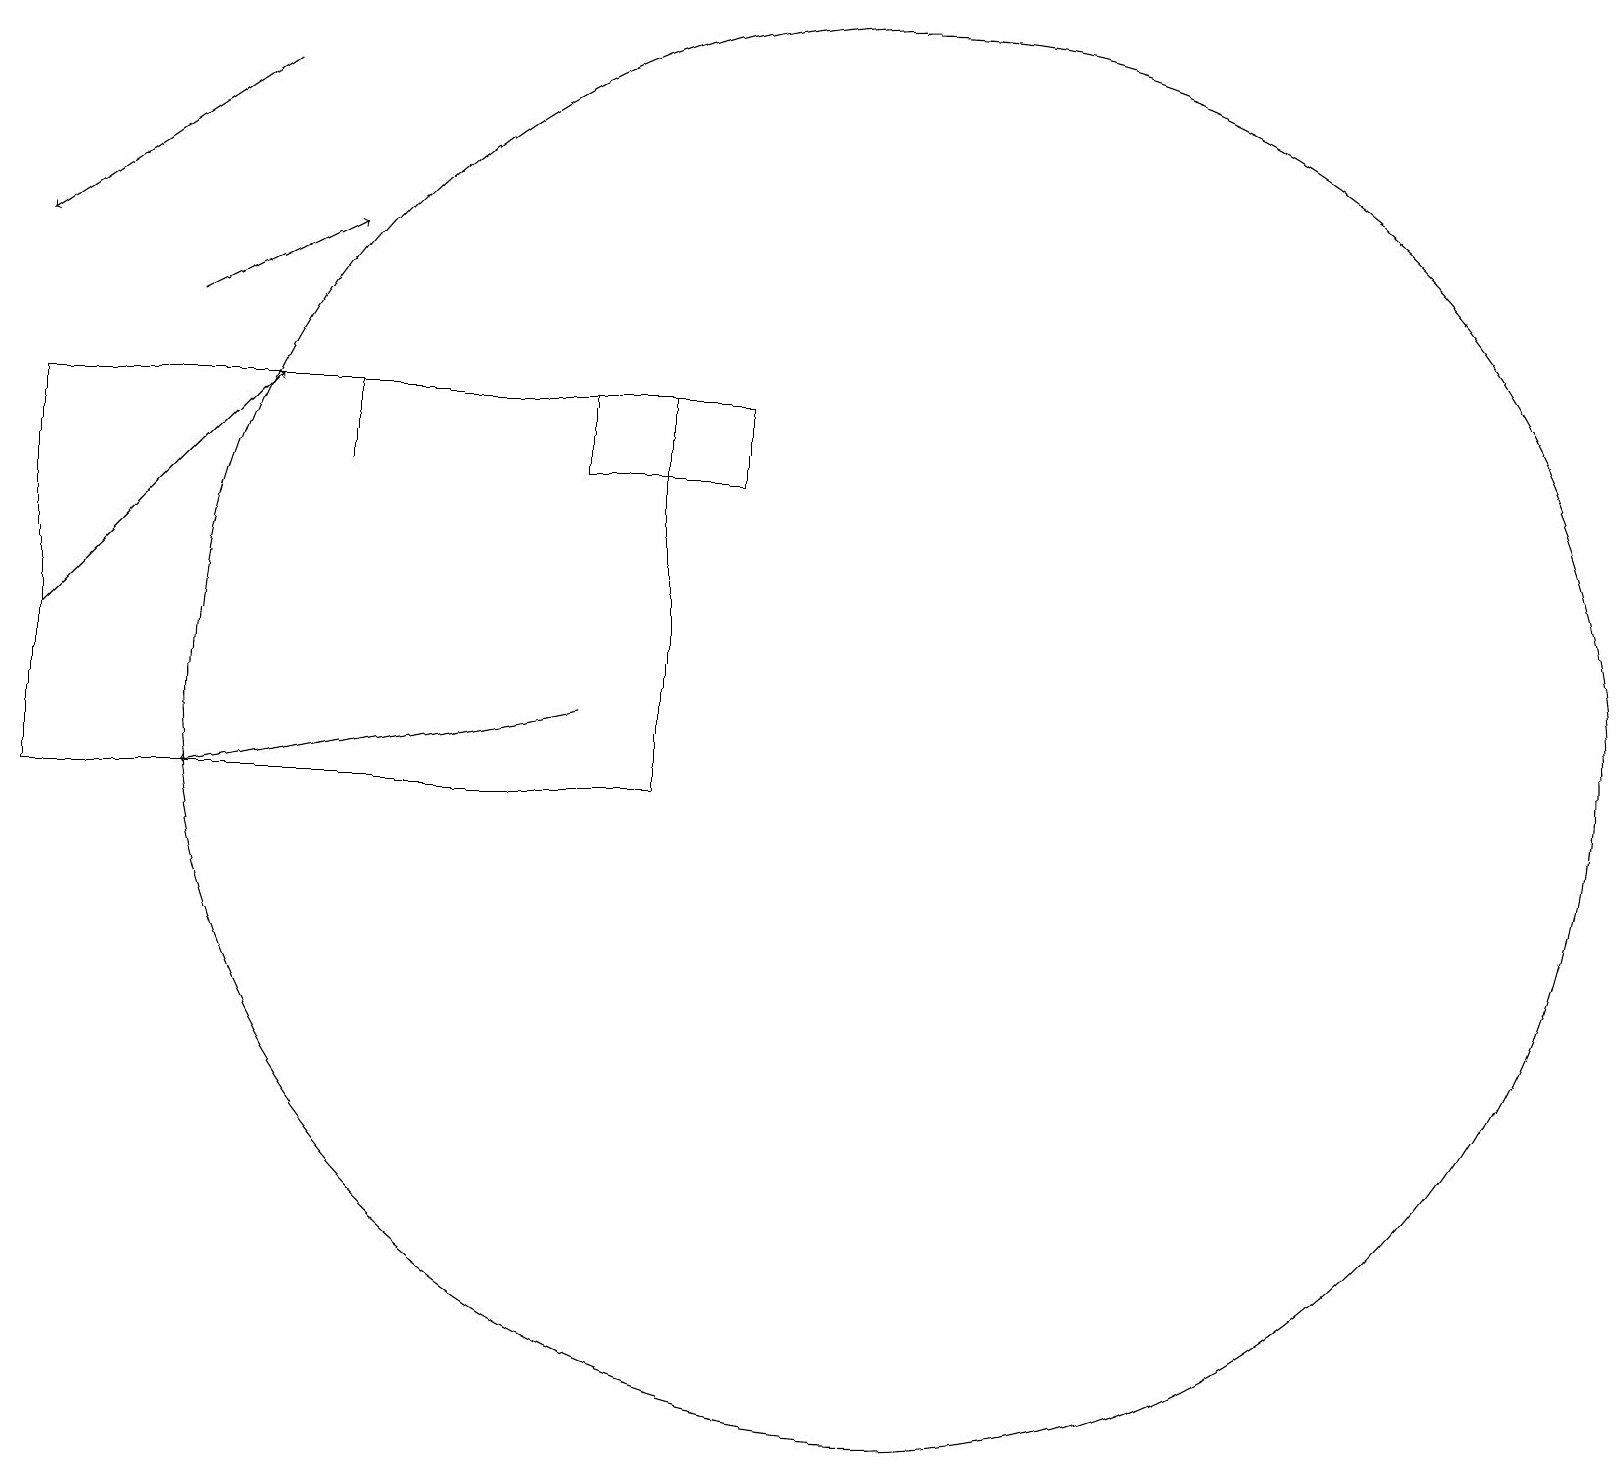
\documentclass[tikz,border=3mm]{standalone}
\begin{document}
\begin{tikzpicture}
\draw[->] (7,11) -- (2,10);
\draw (4,14) rectangle (4,15);
\draw[->] (0,12) -- (3,15);
\draw (11,11) circle (9);
\draw[->] (2,16) -- (4,17);
\draw[->] (3,19) -- (0,17);
\draw (0,15) rectangle (8,10);
\draw (7,14) rectangle (9,15);
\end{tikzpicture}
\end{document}